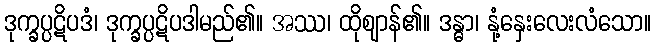
ဒုက္ခပ္ပဋိပဒံ၊ ဒုက္ခပ္ပဋိပဒါမည်၏။ အဿ၊ ထိုဈာန်၏။ ဒန္ဓာ၊ နုံ့နှေးလေးလံသော။